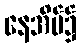
နေအိမ်၌